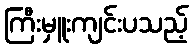
ကြီးမှူးကျင်းပသည့်